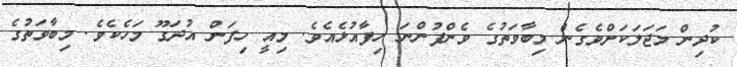
ކުދިން މަޖަލަކަށްވެގެން މިބާވަތުގެ ވެންފުންނަ ހިފާއުޅެއެވެ. މިއީ ހިފަން އުދަގޫ މަހެކެވެ. މިބާވަތުގެ